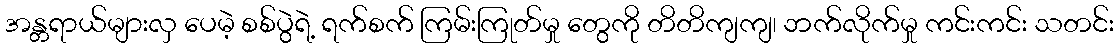
အန္တရာယ်များလှ ပေမဲ့ စစ်ပွဲရဲ့ ရက်စက် ကြမ်းကြုတ်မှု တွေကို တိတိကျကျ၊ ဘက်လိုက်မှု ကင်းကင်း သတင်း